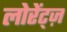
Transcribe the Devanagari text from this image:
लोरेंट्ज़